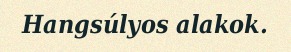
Hangsúlyos alakok.